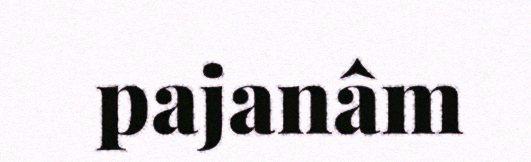
pajanâm